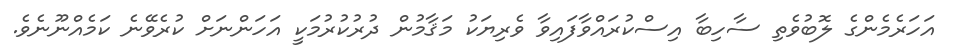
އަހަރެމެންގެ ލޮބުވެތި ސާހިބާ އިސްކުރައްވާފައިވާ ވެރިޔަކު މަޤާމުން ދުރުކުރުމަކީ އަހަންނަށް ކުރެވޭނެ ކަމެއްނޫނެވެ.